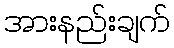
အားနည်းချက်